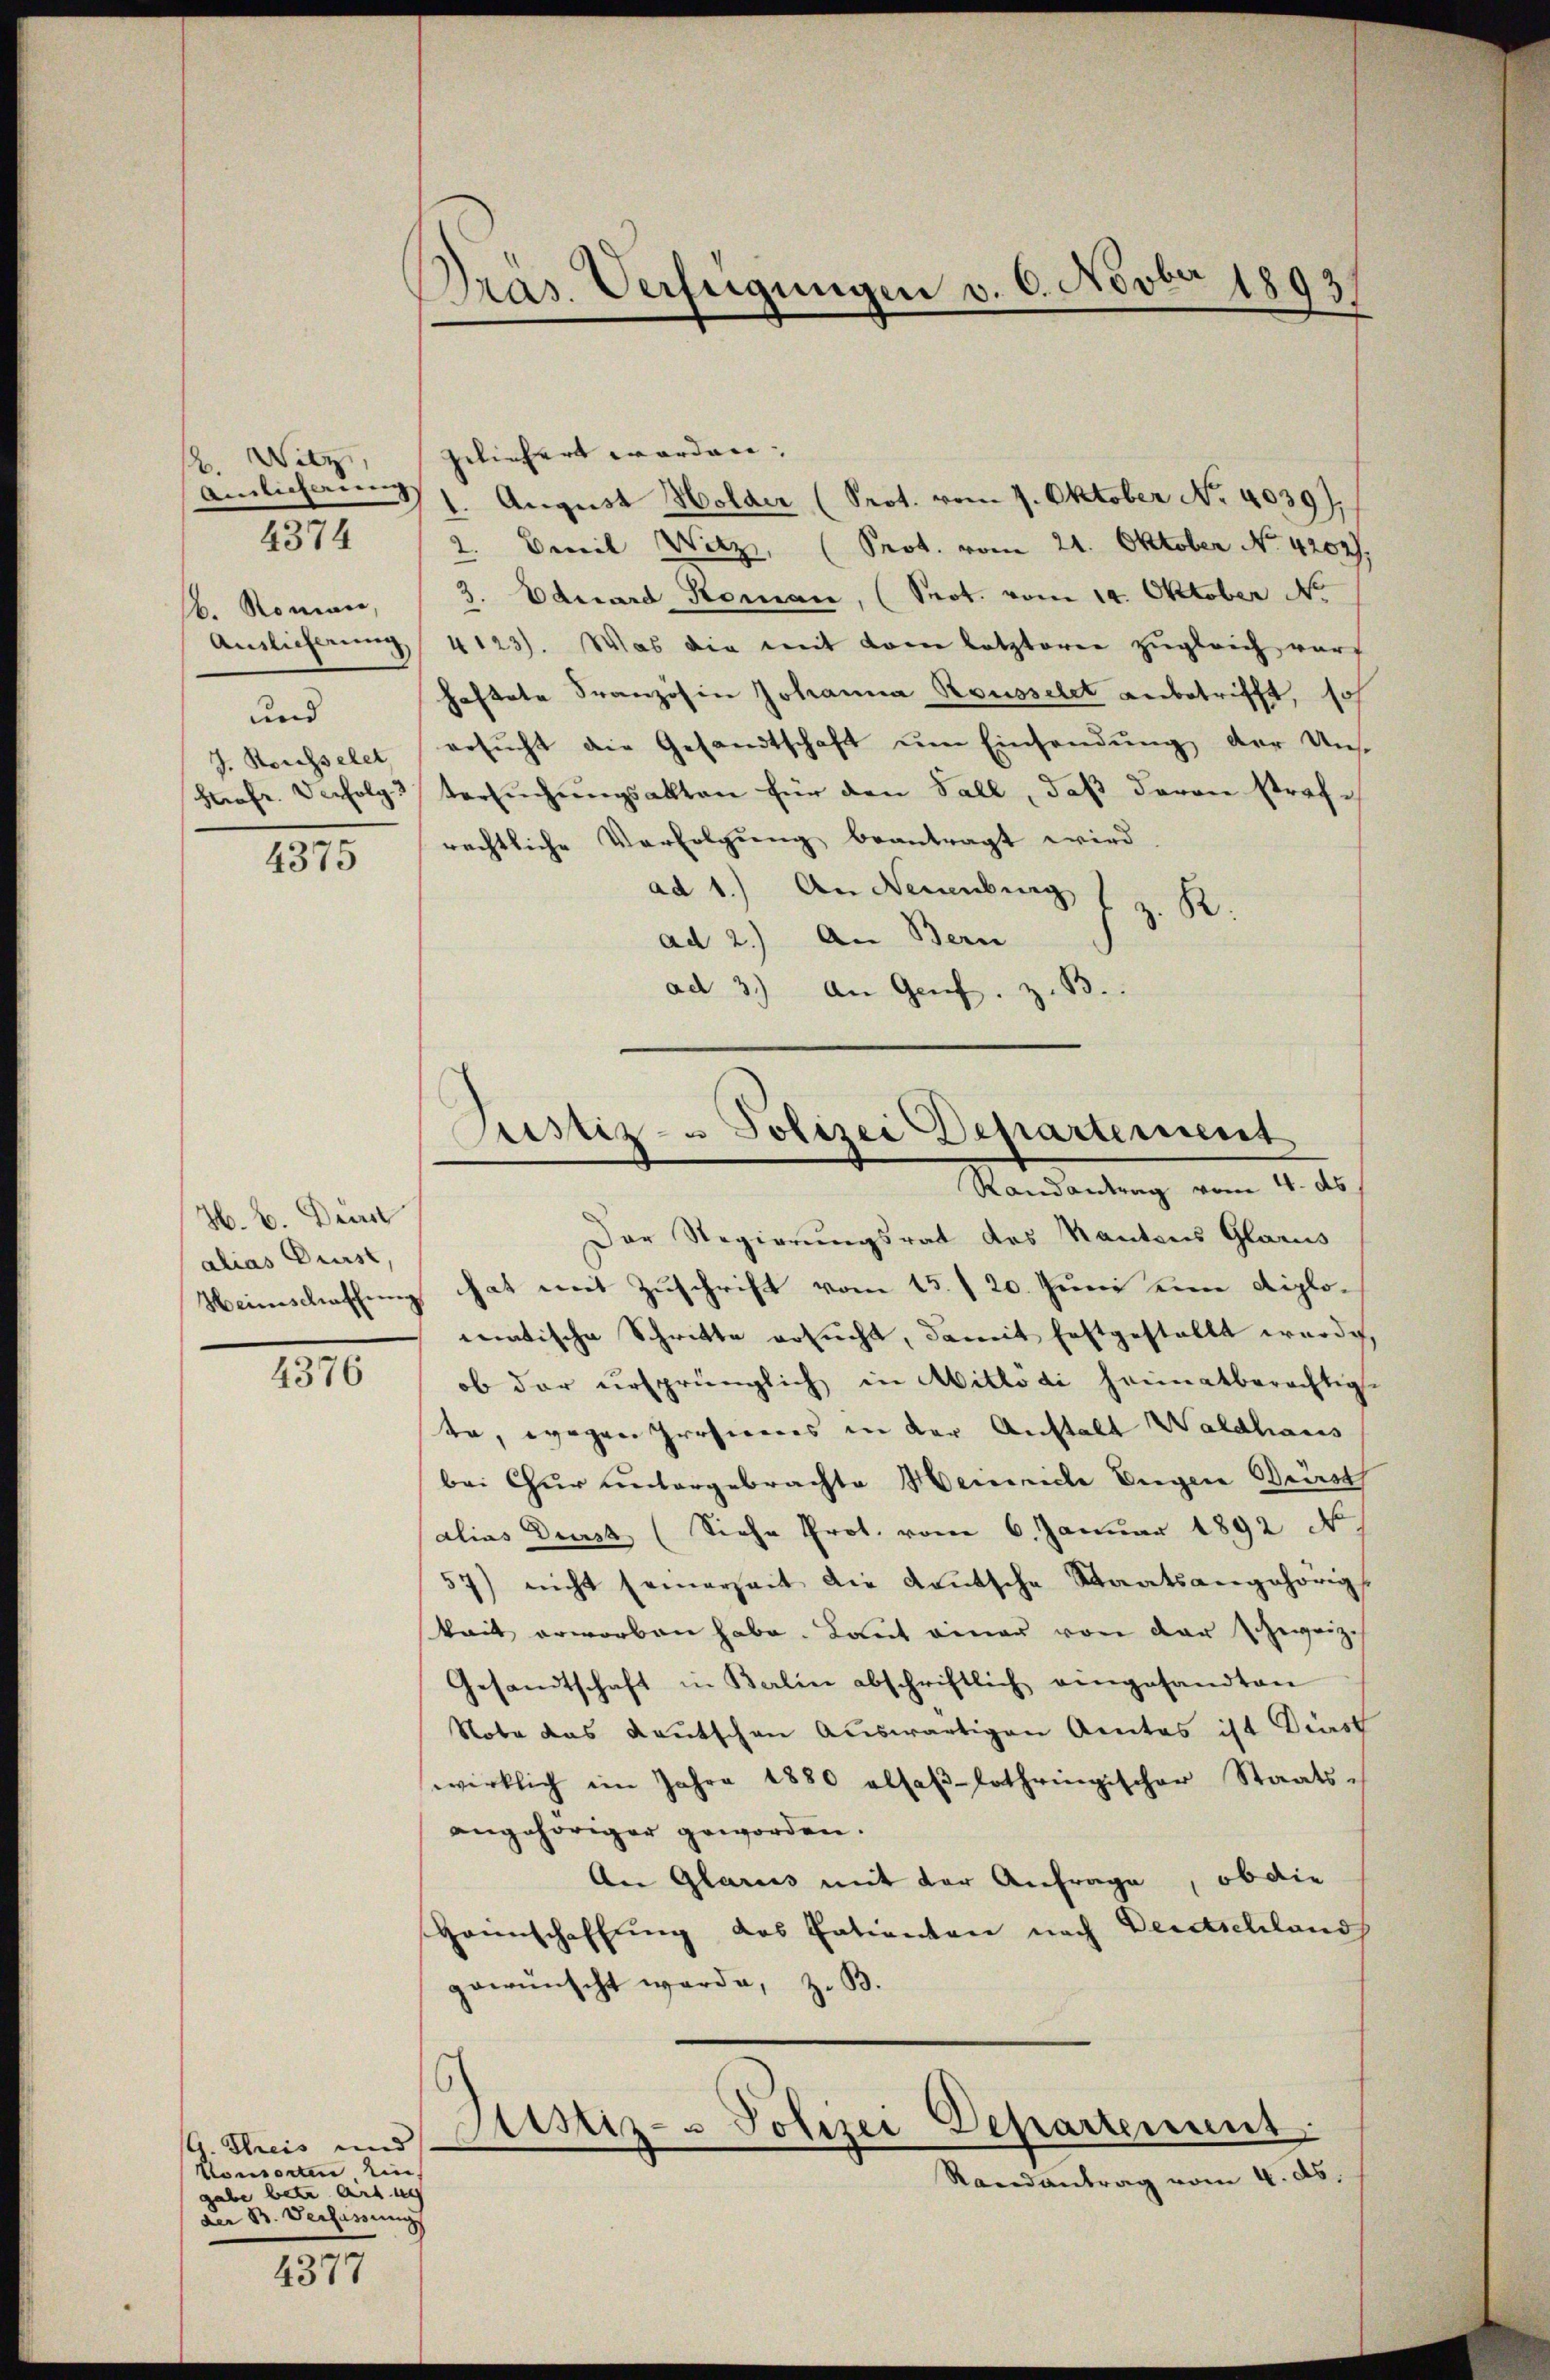
. Witz,
b. Roman,
und

4374

4375

H. E. Dien
alias Durst,

4376

G. Streis und
Konsorten Eingabe betr. Art un
Der B. Verhinung

4377

Präs. Verfügungen v. 6. Novbr 1893/

geliefert worden; |
emlichen August Holder (Prot. vom 1. Oktober No. 4039).
2. Emil Witz, (Prot. vom 21. Oktober No. 4202).
3. Eduard Roman, (Sept. vom 14. Oktober No
Anslicherung 4123). Was die mit vom letzterer zugleich vorf
haftete Französin Johanna Rousselet anbetrifft, so
J. Rosselet ersŭcht die Gesandtschaft ŭm Einsendŭng der Uns-
Hafr. Verfolge Versŭchŭngsakten für den Fall, daβ davon strafrechtliche Verfolgung beantragt wird
ad 1.) An Neuenburg f z. R.
ad 2.) An Bern
ad 3.) An Greif.

Justiz- u Polizei Departement
Randantrag vom 4. ds.

Der Regierungsrat des Kantons Glarus
Heimschaffung hat mit Zuschrift vom 15./20. Juni eine diplomatische Schritte ersucht, damit Erstgestellt werde,
ob der ursprünglich in Mitlödi heimatberechtige
da, wegen profiteres in der Anstalt Waldhaus
bei Chur untergebrachte Heinriche Eigen Bürst
alias Durst (Siehe Prot. vom 6. Januar 1892 N.
57) nicht seinerseit die Leŭtsche Staatsangehörig
kait erworben habe. Laut einer von der Schweizeh
Gesandtschaft in Balin abschriftlich angesandten
Nobe das Kautschen Auswärtigen Amtes ist Dist
wirklich im Jahre 1880 alsaβ-lothringischer Staats-
angehöriger geworden.
An Glarus mit der Anfrage, ob die
Haunschaffung des Patienten nach Deutschland
gewünscht werde, z. B.

C
Astiz- Polizei Departement
Randantrag vom 4. ds.